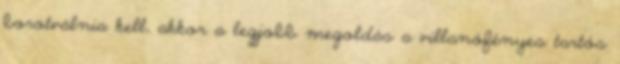
borotválnia kell, akkor a legjobb megoldás a villanófényes tartós